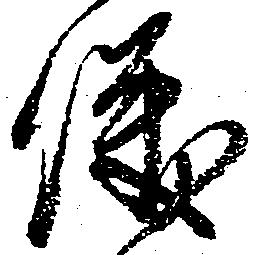
儀